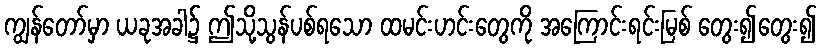
ကျွန်တော်မှာ ယခုအခါ၌ ဤသို့သွန်ပစ်ရသော ထမင်းဟင်းတွေကို အကြောင်းရင်းမြစ် တွေး၍တွေး၍